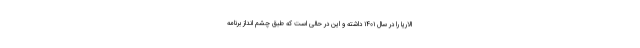
الاریا را در سال ۱۴۰۱ داشته و این در حالی است که طبق چشم انداز برنامه